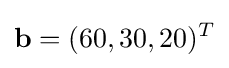
\mathbf {b} =(60,30,20)^{T}